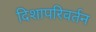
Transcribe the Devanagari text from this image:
दिशापरिवर्तन